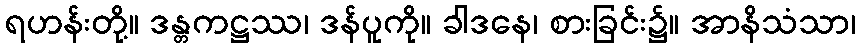
ရဟန်းတို့။ ဒန္တကဋ္ဌဿ၊ ဒန်ပူကို။ ခါဒနေ၊ စားခြင်း၌။ အာနိသံသာ၊